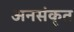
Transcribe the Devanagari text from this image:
अनसंकृत